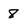
Character: 8